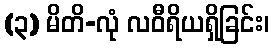
(၃) မိတိ-လုံ လဝီရိယရှိခြင်း၊